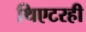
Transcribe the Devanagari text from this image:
थिएटरही